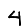
Digit: 4